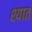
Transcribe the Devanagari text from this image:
श्यात